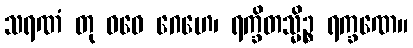
သရဏံ တု ဝဓေ ဂေဟေ၊ ရက္ခိတသ္မိဉ္စ ရက္ခဏေ။